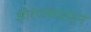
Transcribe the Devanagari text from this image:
औरंगाबादाहून